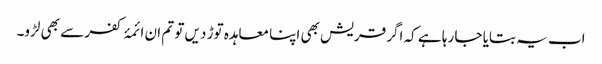
اب یہ بتایا جا رہا ہے کہ اگر قریش بھی اپنا معاہدہ توڑ دیں تو تم ان ائمۂ کفر سے بھی لڑو۔